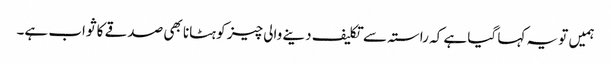
ہمیں تو یہ کہا گیا ہے کہ راستہ سے تکلیف دینے والی چیز کو ہٹانا بھی صدقے کا ثواب ہے۔